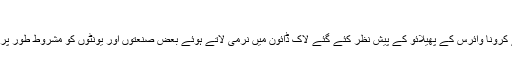
ہفتہ‬‮ 4 اپریل‬‮ 2020 | 16:00
لاہور (آن لائن) پنجاب حکومت نے کرونا وائرس کے پھیلائو کے پیش نظر کئے گئے لاک ڈائون میں نرمی لاتے ہوئے بعض صنعتوں اور یونٹوں کو مشروط طور پر کام کرنے کی اجازت دے دی ہے۔